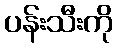
ပန်းသီးကို